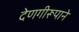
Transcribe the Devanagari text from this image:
देणगीरूपाने